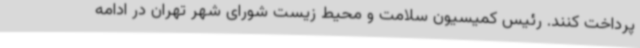
پرداخت کنند. رئیس کمیسیون سلامت و محیط زیست شورای شهر تهران در ادامه